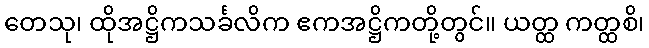
တေသု၊ ထိုအဋ္ဌိကသင်္ခလိက ဧကအဋ္ဌိကတို့တွင်။ ယတ္ထ ကတ္ထစိ၊